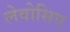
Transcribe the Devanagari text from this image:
लेवोसिए